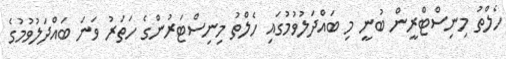
ހެލްތު މިނިސްޓްރީން ބުނީ މި ބައްދަލުވުމުގައި ހެލްތު މިނިސްޓަރުންގެ ހަތަރު ވަނަ ބައްދަލުވުމުގެ